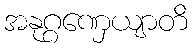
အနုဂ္ဂဏှေယျာတိ